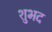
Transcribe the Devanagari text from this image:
शुभद